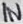
Text: IN